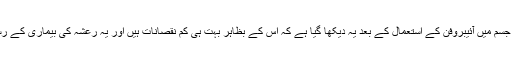
ہارورڈ یونیورسٹی کے محققق کے خیال میں انسانی جسم میں آئیبروفن کے استعمال کے بعد یہ دیکھا گیا ہے کہ اس کے بظاہر بہت ہی کم نقصانات ہیں اور یہ رعشہ کی بیماری کے رسک کو مؤخر کرنے میں معاون ثابت ہو سکتی ہے۔